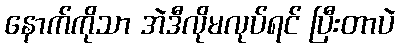
နောက်ကိုသာ အဲဒီလိုမလုပ်ရင် ပြီးတာပဲ